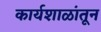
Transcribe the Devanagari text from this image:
कार्यशाळांतून